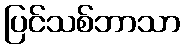
ပြင်သစ်ဘာသာ